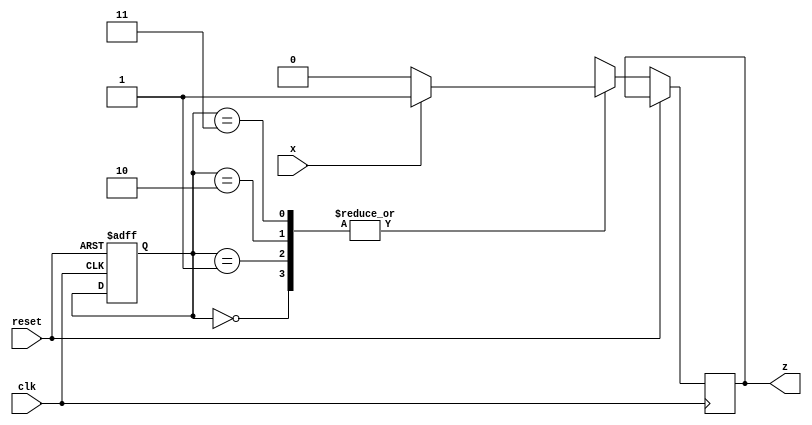
module top_module (
    input clk,
    input reset,   // Synchronous reset
    input x,
    output z
);

    reg [1:0] state;
    reg [1:0] y;
    reg z;

    always @(posedge clk or posedge reset) begin
        if (reset) begin
            state <= 3'b000;
            y <= 3'b000;
        end else begin
            case (state)
                3'b000: begin
                    if (x == 0) begin
                        y <= 3'b001;
                        z <= 0;
                    end else begin
                        y <= 3'b001;
                        z <= 1;
                    end
                end
                3'b001: begin
                    if (x == 0) begin
                        y <= 3'b100;
                        z <= 0;
                    end else begin
                        y <= 3'b100;
                        z <= 1;
                    end
                end
                3'b010: begin
                    if (x == 0) begin
                        y <= 3'b001;
                        z <= 0;
                    end else begin
                        y <= 3'b001;
                        z <= 1;
                    end
                end
                3'b011: begin
                    if (x == 0) begin
                        y <= 3'b010;
                        z <= 0;
                    end else begin
                        y <= 3'b010;
                        z <= 1;
                    end
                end
                3'b100: begin
                    if (x == 0) begin
                        y <= 3'b111;
                        z <= 0;
                    end else begin
                        y <= 3'b111;
                        z <= 1;
                    end
                end
            endcase
        end
    end

endmodule